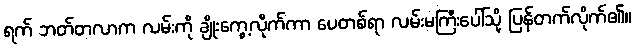
ရက် ဘတ်တလာက လမ်းကို ချိုးကွေ့လိုက်ကာ ပေတစ်ရာ လမ်းမကြီးပေါ်သို့ ပြန်တက်လိုက်၏။